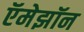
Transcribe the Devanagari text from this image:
ऍमेझॉन